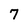
Character: 7